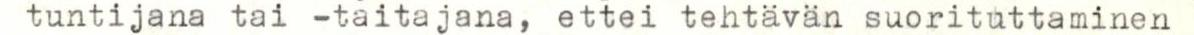
tuntija tai -taitajana, ettei tehtävän suorituttaminen